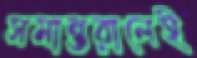
সমান্তরালেই